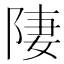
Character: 𨹷